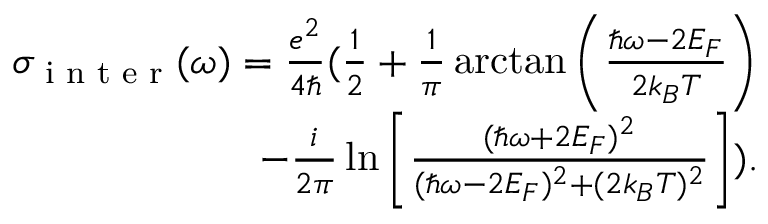
\begin{array} { r } { \sigma _ { \textrm { i n t e r } } ( \omega ) = \frac { e ^ { 2 } } { 4 \hbar } ( \frac { 1 } { 2 } + \frac { 1 } { \pi } \arctan \left( \frac { \hbar \omega - 2 E _ { F } } { 2 k _ { B } T } \right) } \\ { - \frac { i } { 2 \pi } \ln \left[ \frac { ( \hbar \omega + 2 E _ { F } ) ^ { 2 } } { ( \hbar \omega - 2 E _ { F } ) ^ { 2 } + ( 2 k _ { B } T ) ^ { 2 } } \right] ) . } \end{array}